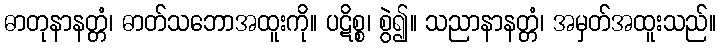
ဓာတုနာနတ္တံ၊ ဓာတ်သဘောအထူးကို။ ပဋိစ္စ၊ စွဲ၍။ သညာနာနတ္တံ၊ အမှတ်အထူးသည်။